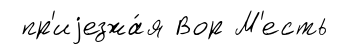
пр'иjезжа́я Вор М'есть